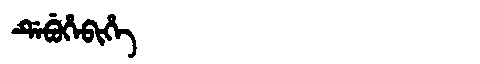
Manchu: ᡩᡝᠪᡠᡥᡝᠪᡳᡥᡝ
Romanization: DEBUHEBIHE